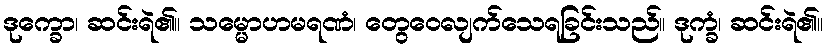
ဒုက္ခော၊ ဆင်းရဲ၏။ သမ္မောဟမရဏံ၊ တွေဝေလျက်သေရခြင်းသည်။ ဒုက္ခံ၊ ဆင်းရဲ၏။